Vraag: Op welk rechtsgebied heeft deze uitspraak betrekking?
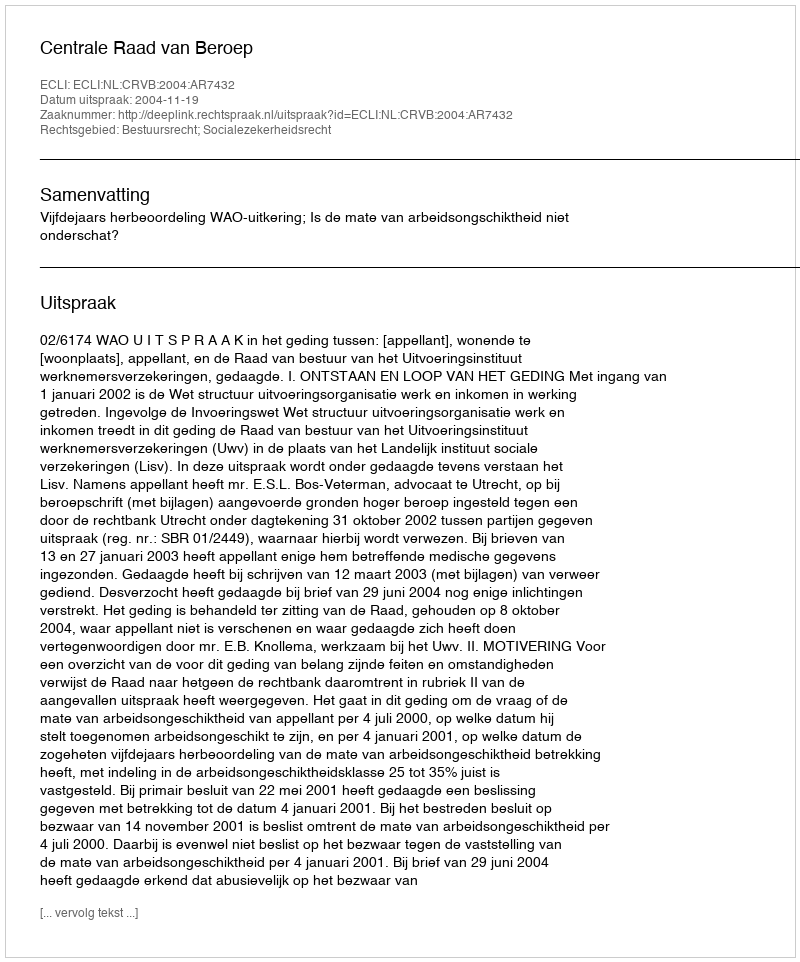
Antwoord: Bestuursrecht; Socialezekerheidsrecht